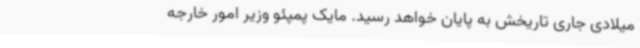
میلادی جاری تاریخش به پایان خواهد رسید. مایک پمپئو وزیر امور خارجه